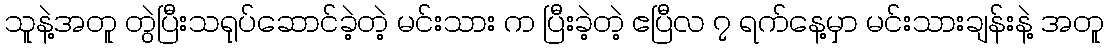
သူနဲ့အတူ တွဲပြီးသရုပ်ဆောင်ခဲ့တဲ့ မင်းသား က ပြီးခဲ့တဲ့ ဧပြီလ ၇ ရက်နေ့မှာ မင်းသားချန်းနဲ့ အတူ